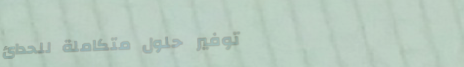
توفير حلول متكاملة للحدائ